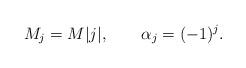
LaTeX: \begin{align*}M_j=M|j|,\qquad\alpha_j=(-1)^j.\end{align*}